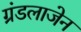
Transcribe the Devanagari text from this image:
ग्रंडलाजेन